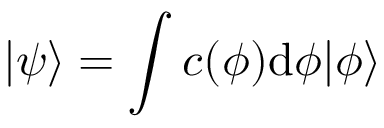
| \psi \rangle = \int c ( \phi ) \mathrm { { d } } \phi | \phi \rangle